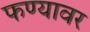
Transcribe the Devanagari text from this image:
फण्यावर